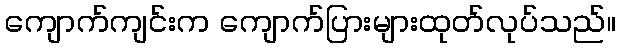
ကျောက်ကျင်းက ကျောက်ပြားများထုတ်လုပ်သည်။